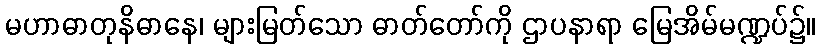
မဟာဓာတုနိဓာနေ၊ များမြတ်သော ဓာတ်တော်ကို ဌာပနာရာ မြေအိမ်မဏ္ဍပ်၌။